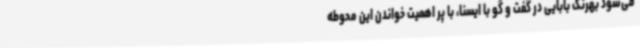
می‌شود بهرنگ بابایی در گفت و گو با ایسنا، با پر اهمیت خواندن این محوطه